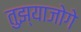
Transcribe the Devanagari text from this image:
तुझ्याजोगे